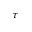
\tau